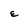
Character: E